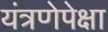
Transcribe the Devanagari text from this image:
यंत्रणेपेक्षा